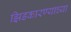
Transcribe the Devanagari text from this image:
झिडकारण्याच्या